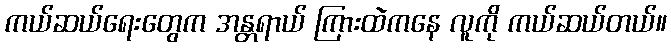
ကယ်ဆယ်ရေးတွေက အန္တရာယ် ကြားထဲကနေ လူကို ကယ်ဆယ်တယ်။